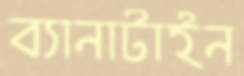
ব্যানাটাইন